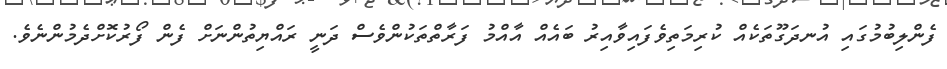
ފެންލިބުމުގައި އުނދަގޫތަކެއް ކުރިމަތިވެފައިވާއިރު ބައެއް އާއްމު ފަރާތްތަކުންވެސް ދަނީ ރައްޔިތުންނަށް ފެން ފޯރުކޮށްދެމުންނެވެ.